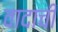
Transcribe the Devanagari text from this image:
वादाचीं